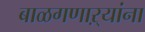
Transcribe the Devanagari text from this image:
बाळगणाऱ्यांना